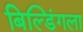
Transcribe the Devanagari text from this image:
बिल्डिंगला